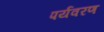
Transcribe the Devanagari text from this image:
पर्यवरण